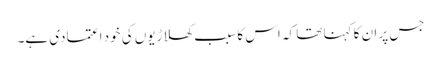
جس پر ان کا کہنا تھا کہ اس کا سبب کھلاڑیوں کی خود اعتمادی ہے۔